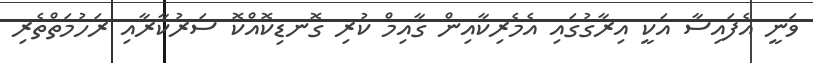
ވަނީ އެފައިސާ އަކީ އިރާގުގައި އެމެރިކާއިން ގާއިމް ކުރި ގޮނޑިކޮއްކޮ ސަރުކާރާއި ރަހުމަތްތެރި